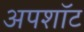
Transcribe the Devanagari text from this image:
अपशॉट